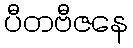
ပီတဗီဇနေ